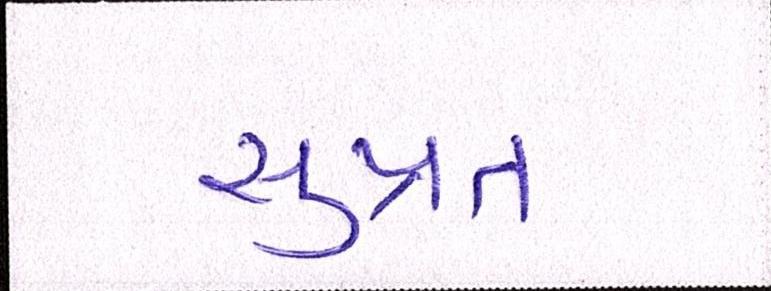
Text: સુપ્રત